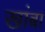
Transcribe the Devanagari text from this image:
खांबा